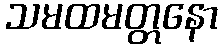
သမထမတ္တနော